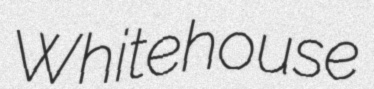
Whitehouse